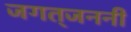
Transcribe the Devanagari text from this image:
जगत्‌जननी